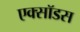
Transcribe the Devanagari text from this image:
एक्सॉडस